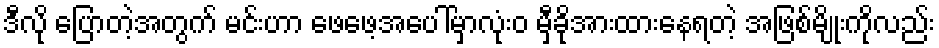
ဒီလို ပြောတဲ့အတွက် မင်းဟာ ဖေဖေ့အပေါ်မှာလုံးဝ မှီခိုအားထားနေရတဲ့ အဖြစ်မျိုးကိုလည်း